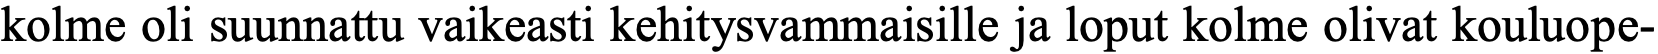
kolme oli suunnattu vaikeasti kehitysvammaisille ja loput kolme olivat kouluope-